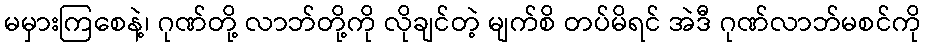
မမှားကြစေနဲ့၊ ဂုဏ်တို့ လာဘ်တို့ကို လိုချင်တဲ့ မျက်စိ တပ်မိရင် အဲဒီ ဂုဏ်လာဘ်မစင်ကို